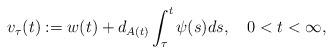
LaTeX: \begin{align*}v_{\tau}(t) := w(t) + d_{A(t)}\int_\tau^t \psi(s)ds, \ \ \ 0 < t < \infty, \end{align*}